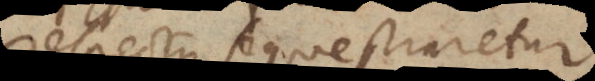
respectu sequestraretur.